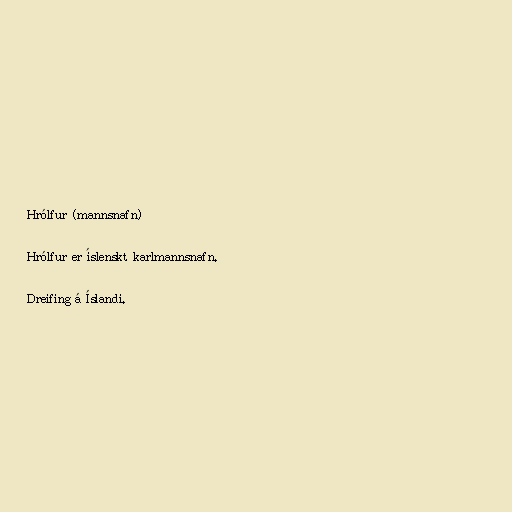
Hrólfur (mannsnafn)

Hrólfur er íslenskt karlmannsnafn.

Dreifing á Íslandi.